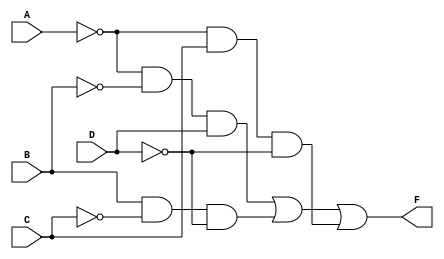
// Name: lut2.v
//
// Description: Second option of Look Up Table

module lut2(
  input A,
  input B,
  input C,
  input D,
  output F
);

  wire c1;
  wire c2;
  wire c3;

  assign c1 = ~A & ~B &  D;
  assign c2 =  B & ~C & ~D;
  assign c3 = ~A &  C & ~D;
  assign  F = c1 | c2 | c3;

endmodule